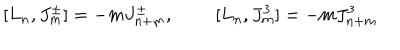
LaTeX: [ L _ { n } , J _ { m } ^ { \pm } ] = - m J _ { n + m } ^ { \pm } , \; \; [ L _ { n } , J _ { m } ^ { 3 } ] = - m J _ { n + m } ^ { 3 }